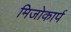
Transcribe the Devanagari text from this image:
मिजोकार्प